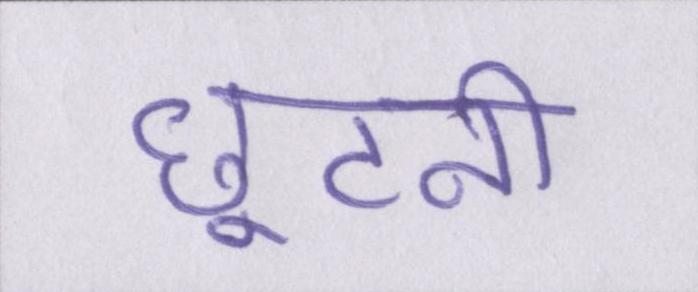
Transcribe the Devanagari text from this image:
छूटनी